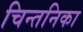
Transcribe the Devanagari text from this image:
चिन्तनिका